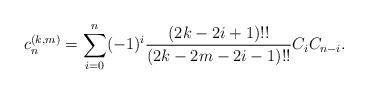
LaTeX: \begin{align*}c_n^{(k,m)}=\sum_{i=0}^n(-1)^i\frac{(2k-2i+1)!!}{(2k-2m-2i-1)!!}C_iC_{n-i}.\end{align*}